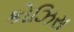
કોઝિસ